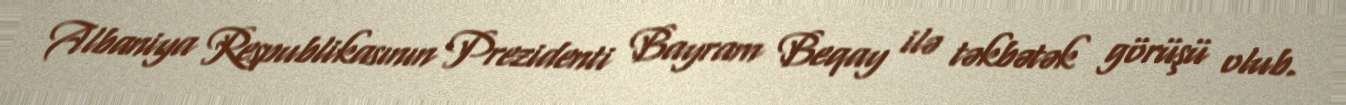
Albaniya Respublikasının Prezidenti Bayram Beqay ilə təkbətək görüşü olub.